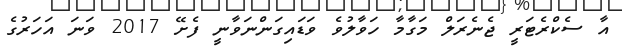
އާ ސެކްރެޓަރީ ޖެނެރަލް މަގާމާ ހަވާލުވެ ވަޑައިގަންނަވާނީ ފެށޭ 2017 ވަނަ އަހަރުގެ